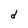
Character: d